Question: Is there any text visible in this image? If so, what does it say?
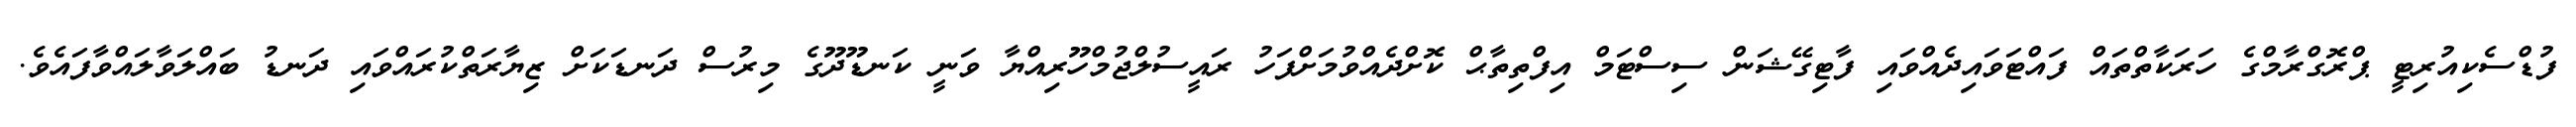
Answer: ފުޑްސެކިއުރިޓީ ޕްރޮގްރާމްގެ ހަރަކާތްތައް ފައްޓަވައިދެއްވައި ފާޓިގޭޝަން ސިސްޓަމް އިފްތިތާޙް ކޮށްދެއްވުމަށްފަހު ރައީސުލްޖުމްހޫރިއްޔާ ވަނީ ކަނޑޫދޫގެ މިރުސް ދަނޑަކަށް ޒިޔާރަތްކުރައްވައި ދަނޑު ބައްލަވާލައްވާފައެވެ.